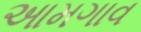
આમગાવ